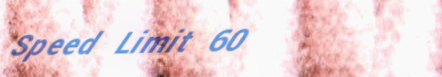
Speed Limit 60